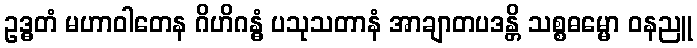
ဥဒ္ဓတံ မဟာဝါတေန ဂိဟိဂန္ဓံ ပသုသတာနံ အာချာတပဒန္တိ သစ္စဓမ္မော ဝနညူ